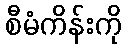
စီမံကိန်းကို